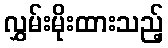
လွှမ်းမိုးထားသည့်